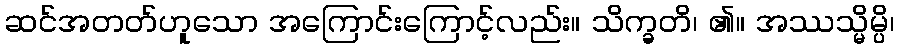
ဆင်အတတ်ဟူသော အကြောင်းကြောင့်လည်း။ သိက္ခတိ၊ ၏။ အဿသ္မိမ္ပိ၊